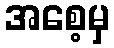
အစေ့မှ